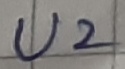
Text: U2